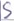
Text: S